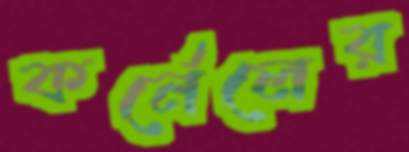
কর্নেলের